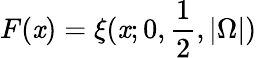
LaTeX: F(\mathit{x})=\xi(\mathit{x};0,\frac{{1}}{{2}},|\Omega|)